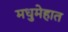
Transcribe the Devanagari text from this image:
मधुमेहात